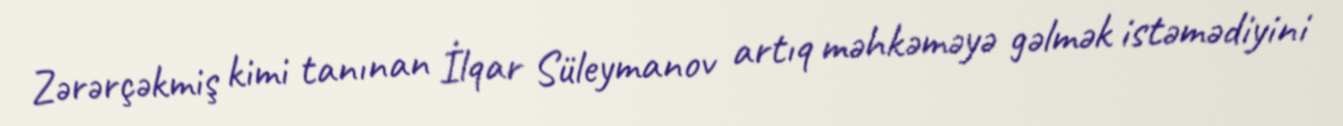
Zərərçəkmiş kimi tanınan İlqar Süleymanov artıq məhkəməyə gəlmək istəmədiyini